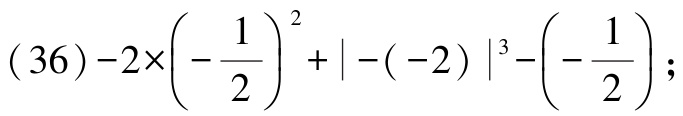
\((36)-2\times\left(-\dfrac{1}{2}\right)^{2}+\vert-(-2)\vert^{3}-\left(-\dfrac{1}{2}\right);\)